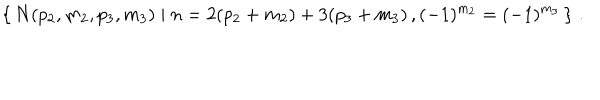
\left\{ \, N ( p _ { 2 } , m _ { 2 } , p _ { 3 } , m _ { 3 } ) \mid n = 2 ( p _ { 2 } + m _ { 2 } ) + 3 ( p _ { 3 } + m _ { 3 } ) \, , ( - 1 ) ^ { m _ { 2 } } = ( - 1 ) ^ { m _ { 3 } } \, \right\} \, .